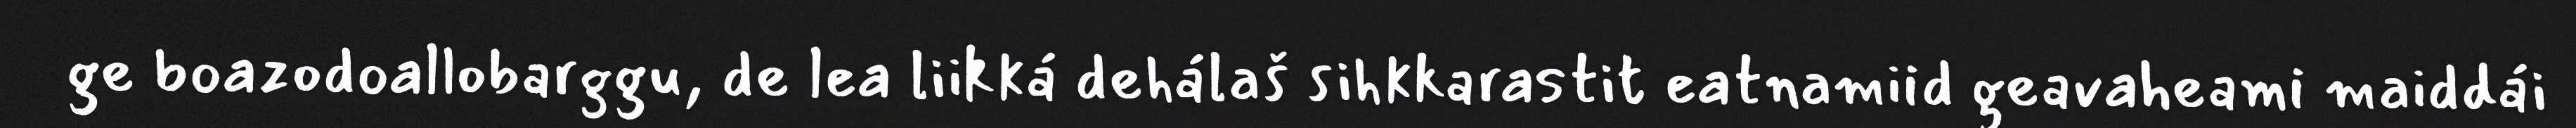
ge boazodoallobarggu, de lea liikká dehálaš sihkkarastit eatnamiid geavaheami maiddái